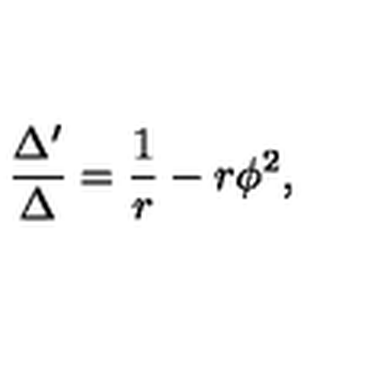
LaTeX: \frac { \Delta ^ { \prime } } { \Delta } = \frac { 1 } { r } - r \phi ^ { 2 } ,